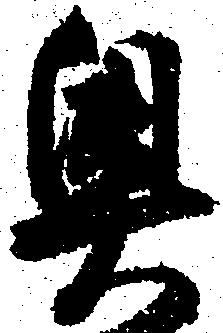
奥